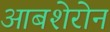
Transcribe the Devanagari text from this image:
आबशेरोन